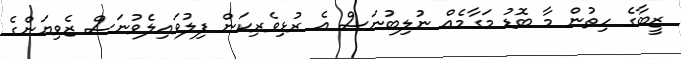
ޒީބާގެ ހިތުން މާ ބޮޑު މަގާމެއް ނުލިބުނަސް އެ ރުޅިވެރިކަން ފިލުވައިލެވުނަސް ޒެވިޔަންގެ